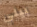
بيلي